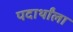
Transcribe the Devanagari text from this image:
पदार्थांला